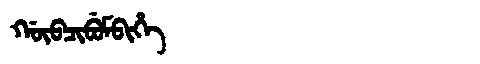
Manchu: ᡤᡡᠪᠴᡳᠪᡠᠮᠪᡳᡥᡝ
Romanization: GŪBCIBUMBIHE